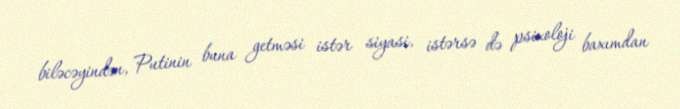
biləcəyindən, Putinin buna getməsi istər siyasi, istərsə də psixoloji baxımdan